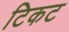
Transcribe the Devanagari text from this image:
टिकट